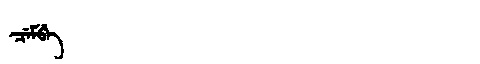
Manchu: ᠴᡝᠮᠪᡝ
Romanization: CEMBE